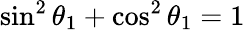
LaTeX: \sin^{2}\theta_{1}+\cos^{2}\theta_{1}=1